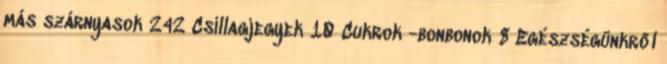
más szárnyasok 242 Csillagjegyek 10 Cukrok -bonbonok 8 Egészségünkről